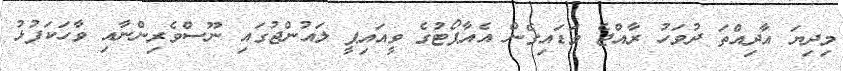
މިދިޔަ އާދިއްތަ ދުވަހު ރާއްޖެ ވަޑައިގެން އެއާޕޯޓުގެ ވީއައިޕީ ލައުންޖުގައި ނޫސްވެރިންނާއި ވާހަކަފުޅު